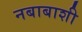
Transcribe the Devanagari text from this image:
नबाबाशी